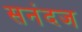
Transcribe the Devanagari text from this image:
सनंदज